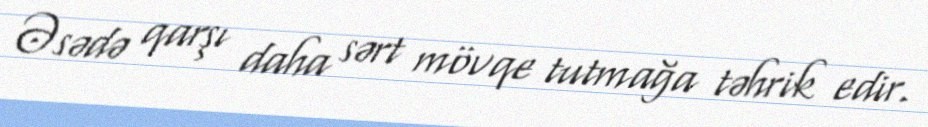
Əsədə qarşı daha sərt mövqe tutmağa təhrik edir.